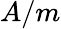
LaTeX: A/m